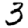
Digit: 3